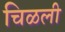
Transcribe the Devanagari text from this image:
चिळली